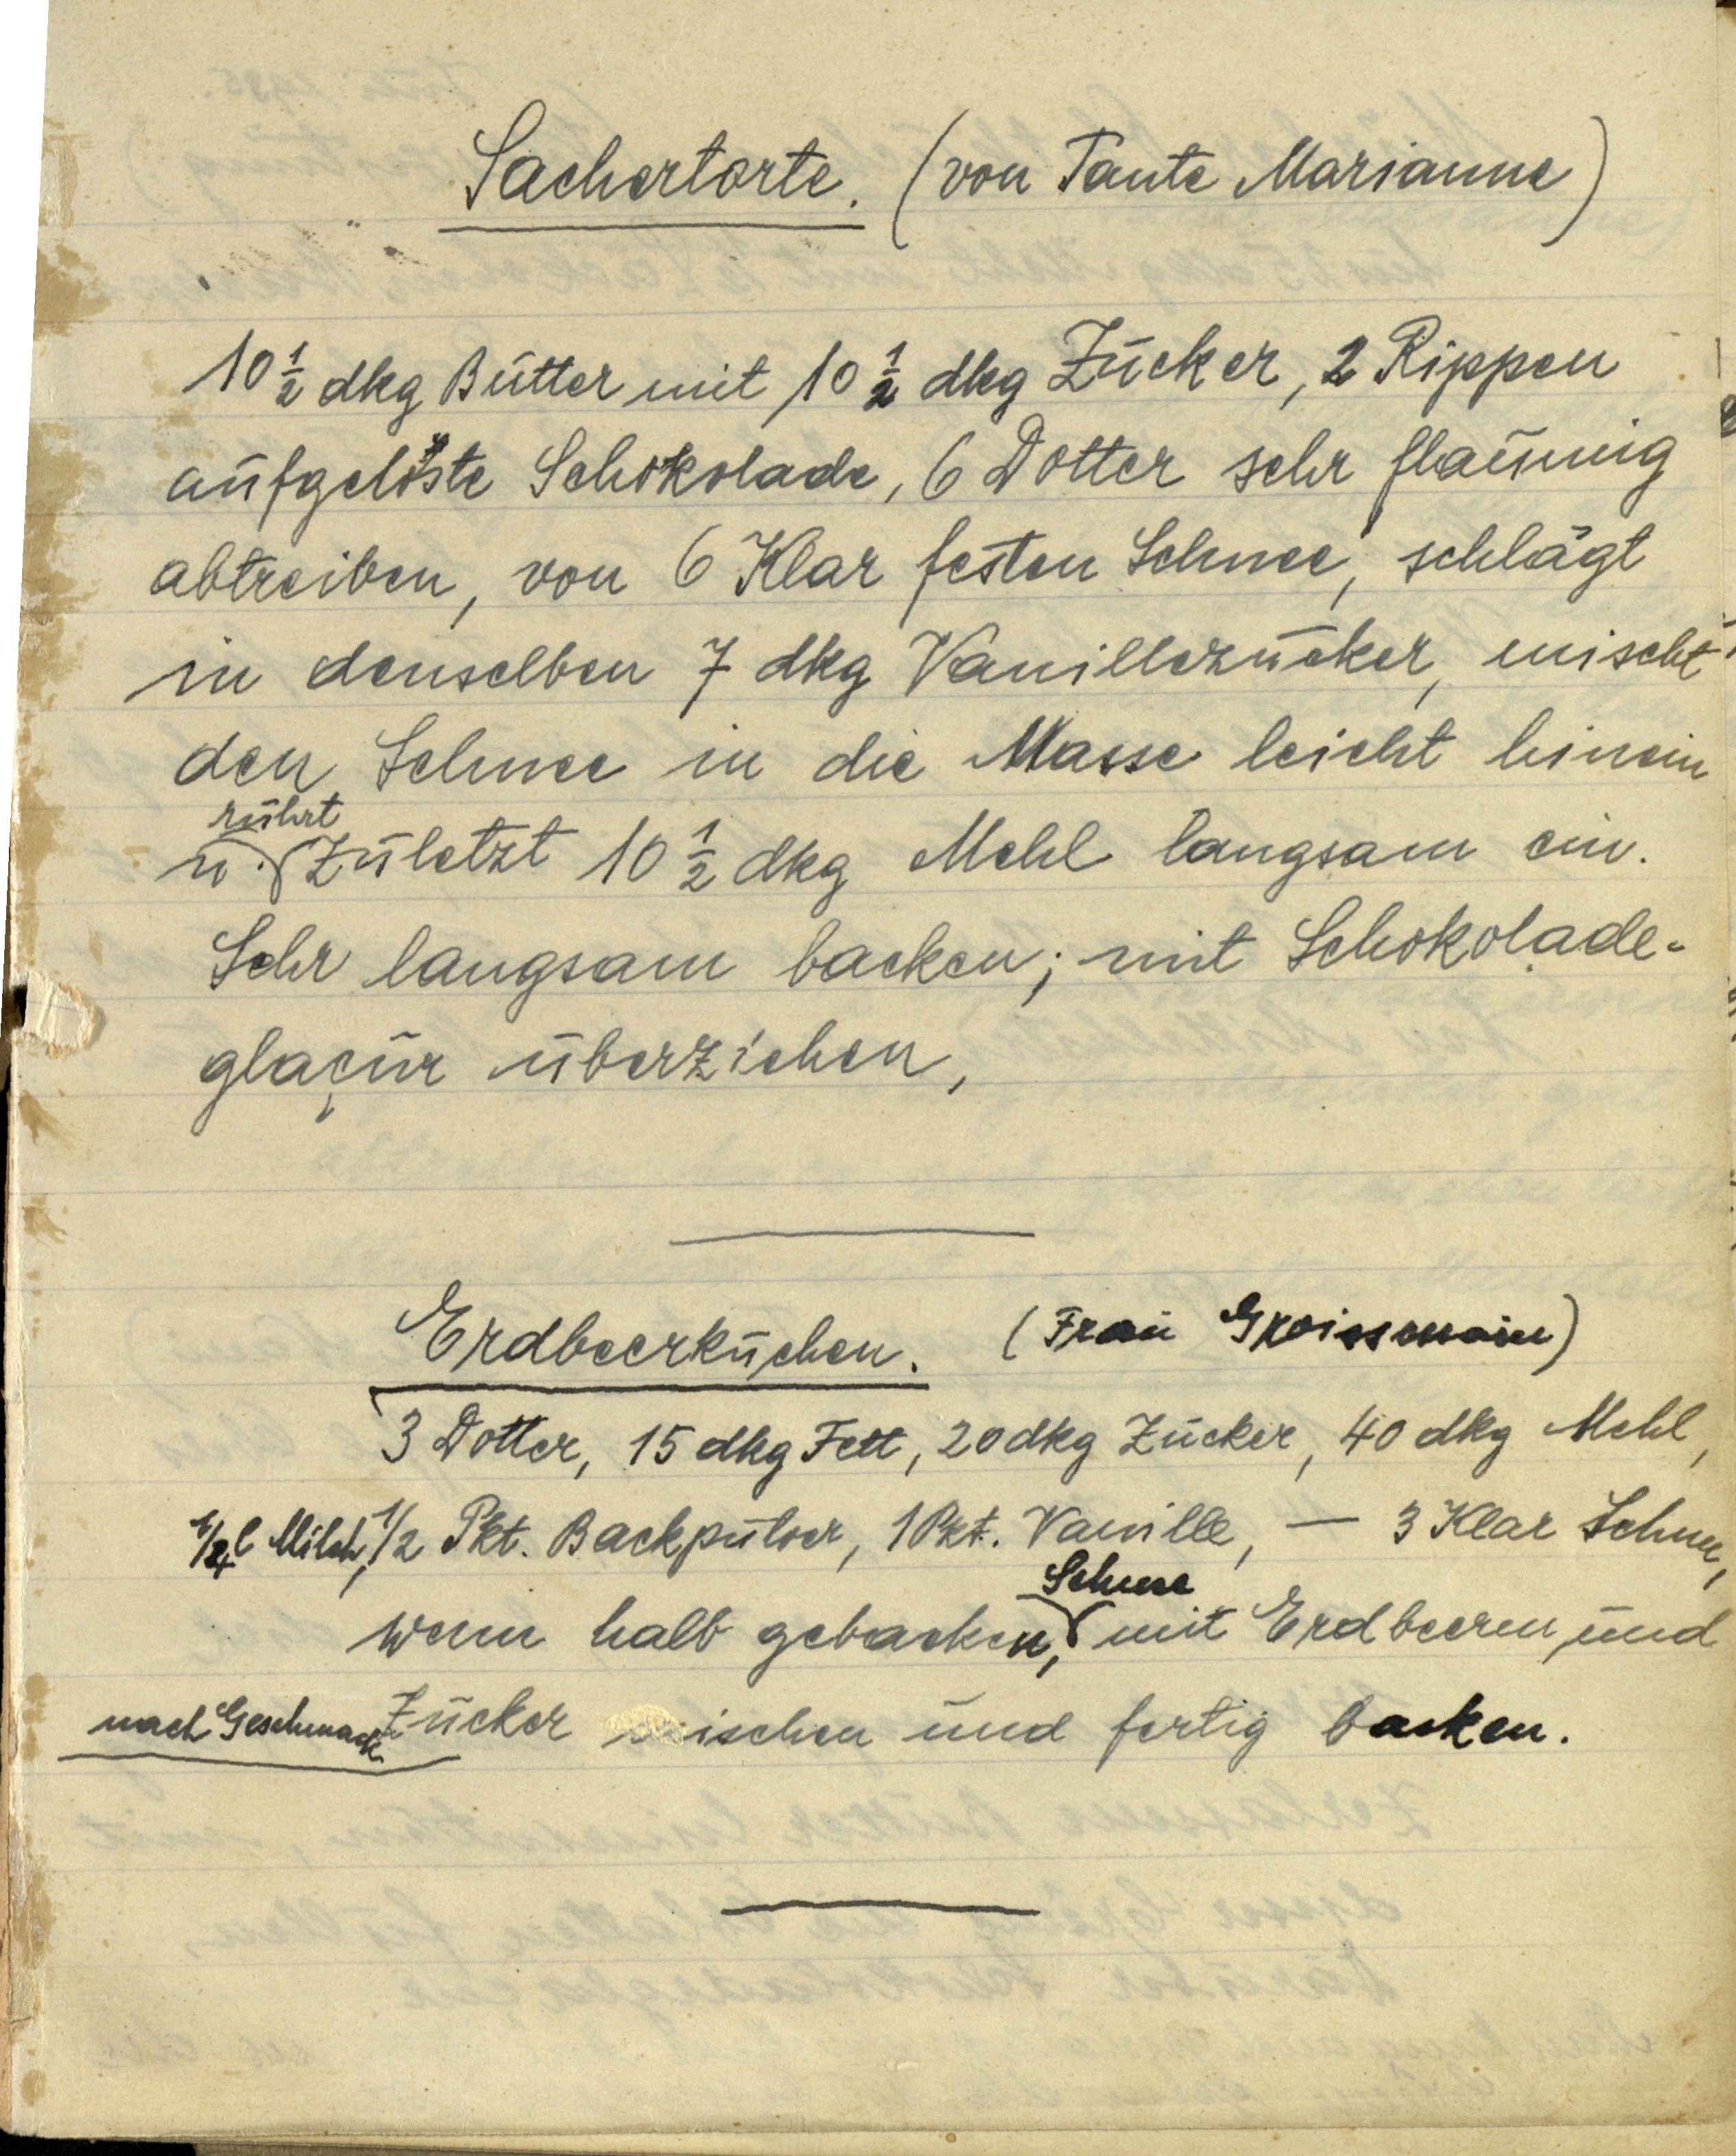
Sachertorte. (von Tante Marianne)

10 ½ dkg Butter mit 10 ½ dkg Zucker, 2 Rippen
aufgelöste Schokolade, 6 Dotter sehr flaumig
abtreiben, von 6 Klar festen Schnee, schlägt
in denselben 7 dkg Vanillezucker, mischt
den Schnee in die masse leicht hinein
u. rührt zuletzt 10 ½ dkg Mehl langsam ein.
Sehr langsam backen; mit Schokolade¬
glaçur überziehen,

Erdbeerkuchen. (Frau xxx)
3 Dotter, 15 dkg Fett, 20 dkg Zucker, 40 dkg Mehl,
¼ l Milch, ½ Pkt. Backpulver, 1 Pkt. Vanille, — 3 Klar Schnee,
Schnee
wenn halb gebacken, mit Erdbeeren und
nach Geschmack Zucker mischen und fertig backen.